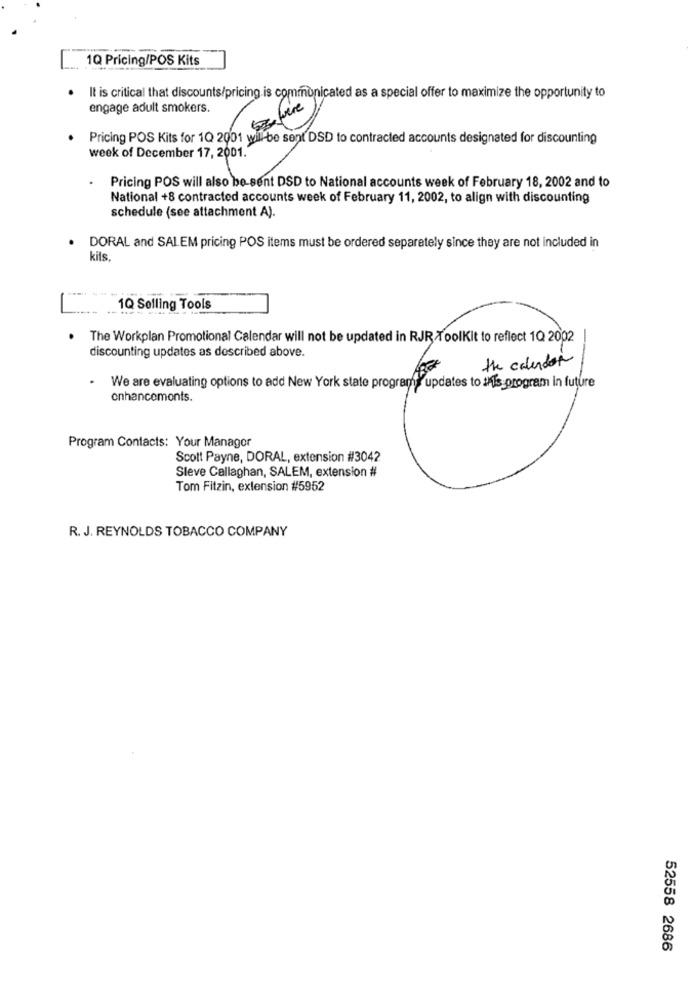
1Q Pricing/POS Kits
.It is critical that discounts/pricing is communicated as a special offer to maximize the opportunity to
engage adult smokers.
. Pricing POS Kits for 1Q 2001 will be sent DSD to contracted accounts designated for discounting
week of December 17, 2001.
Pricing POS will also be sent DSD to National accounts week of February 18, 2002 and to
National +8 contracted accounts week of February 11, 2002, to align with discounting
schedule (see attachment A).
DORAL and SALEM pricing POS items must be ordered separately since they are not included in
kits,
-
1Q Selling Tools
The Workplan Promotional Calendar will not be updated in RJR ToolKit to reflect 1Q 2002
discounting updates as described above.
the calendar
.
We are evaluating options to add New York state programy updates to it's program in future
enhancemonts.
Program Contacts: Your Managor
Scott Payne, DORAL, extension #3042
Sleve Callaghan, SALEM, extension #
Tom Fitzin, extension #5952
R. J. REYNOLDS TOBACCO COMPANY
52558 2686